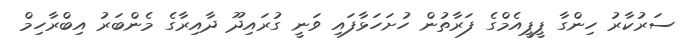
ސަރުކާރު ހިންގާ ޕީޕީއެމްގެ ފަރާތުން ހުށަހަޅާފައި ވަނީ ގުރައިދޫ ދާއިރާގެ މެންބަރު އިބްރާހިމް